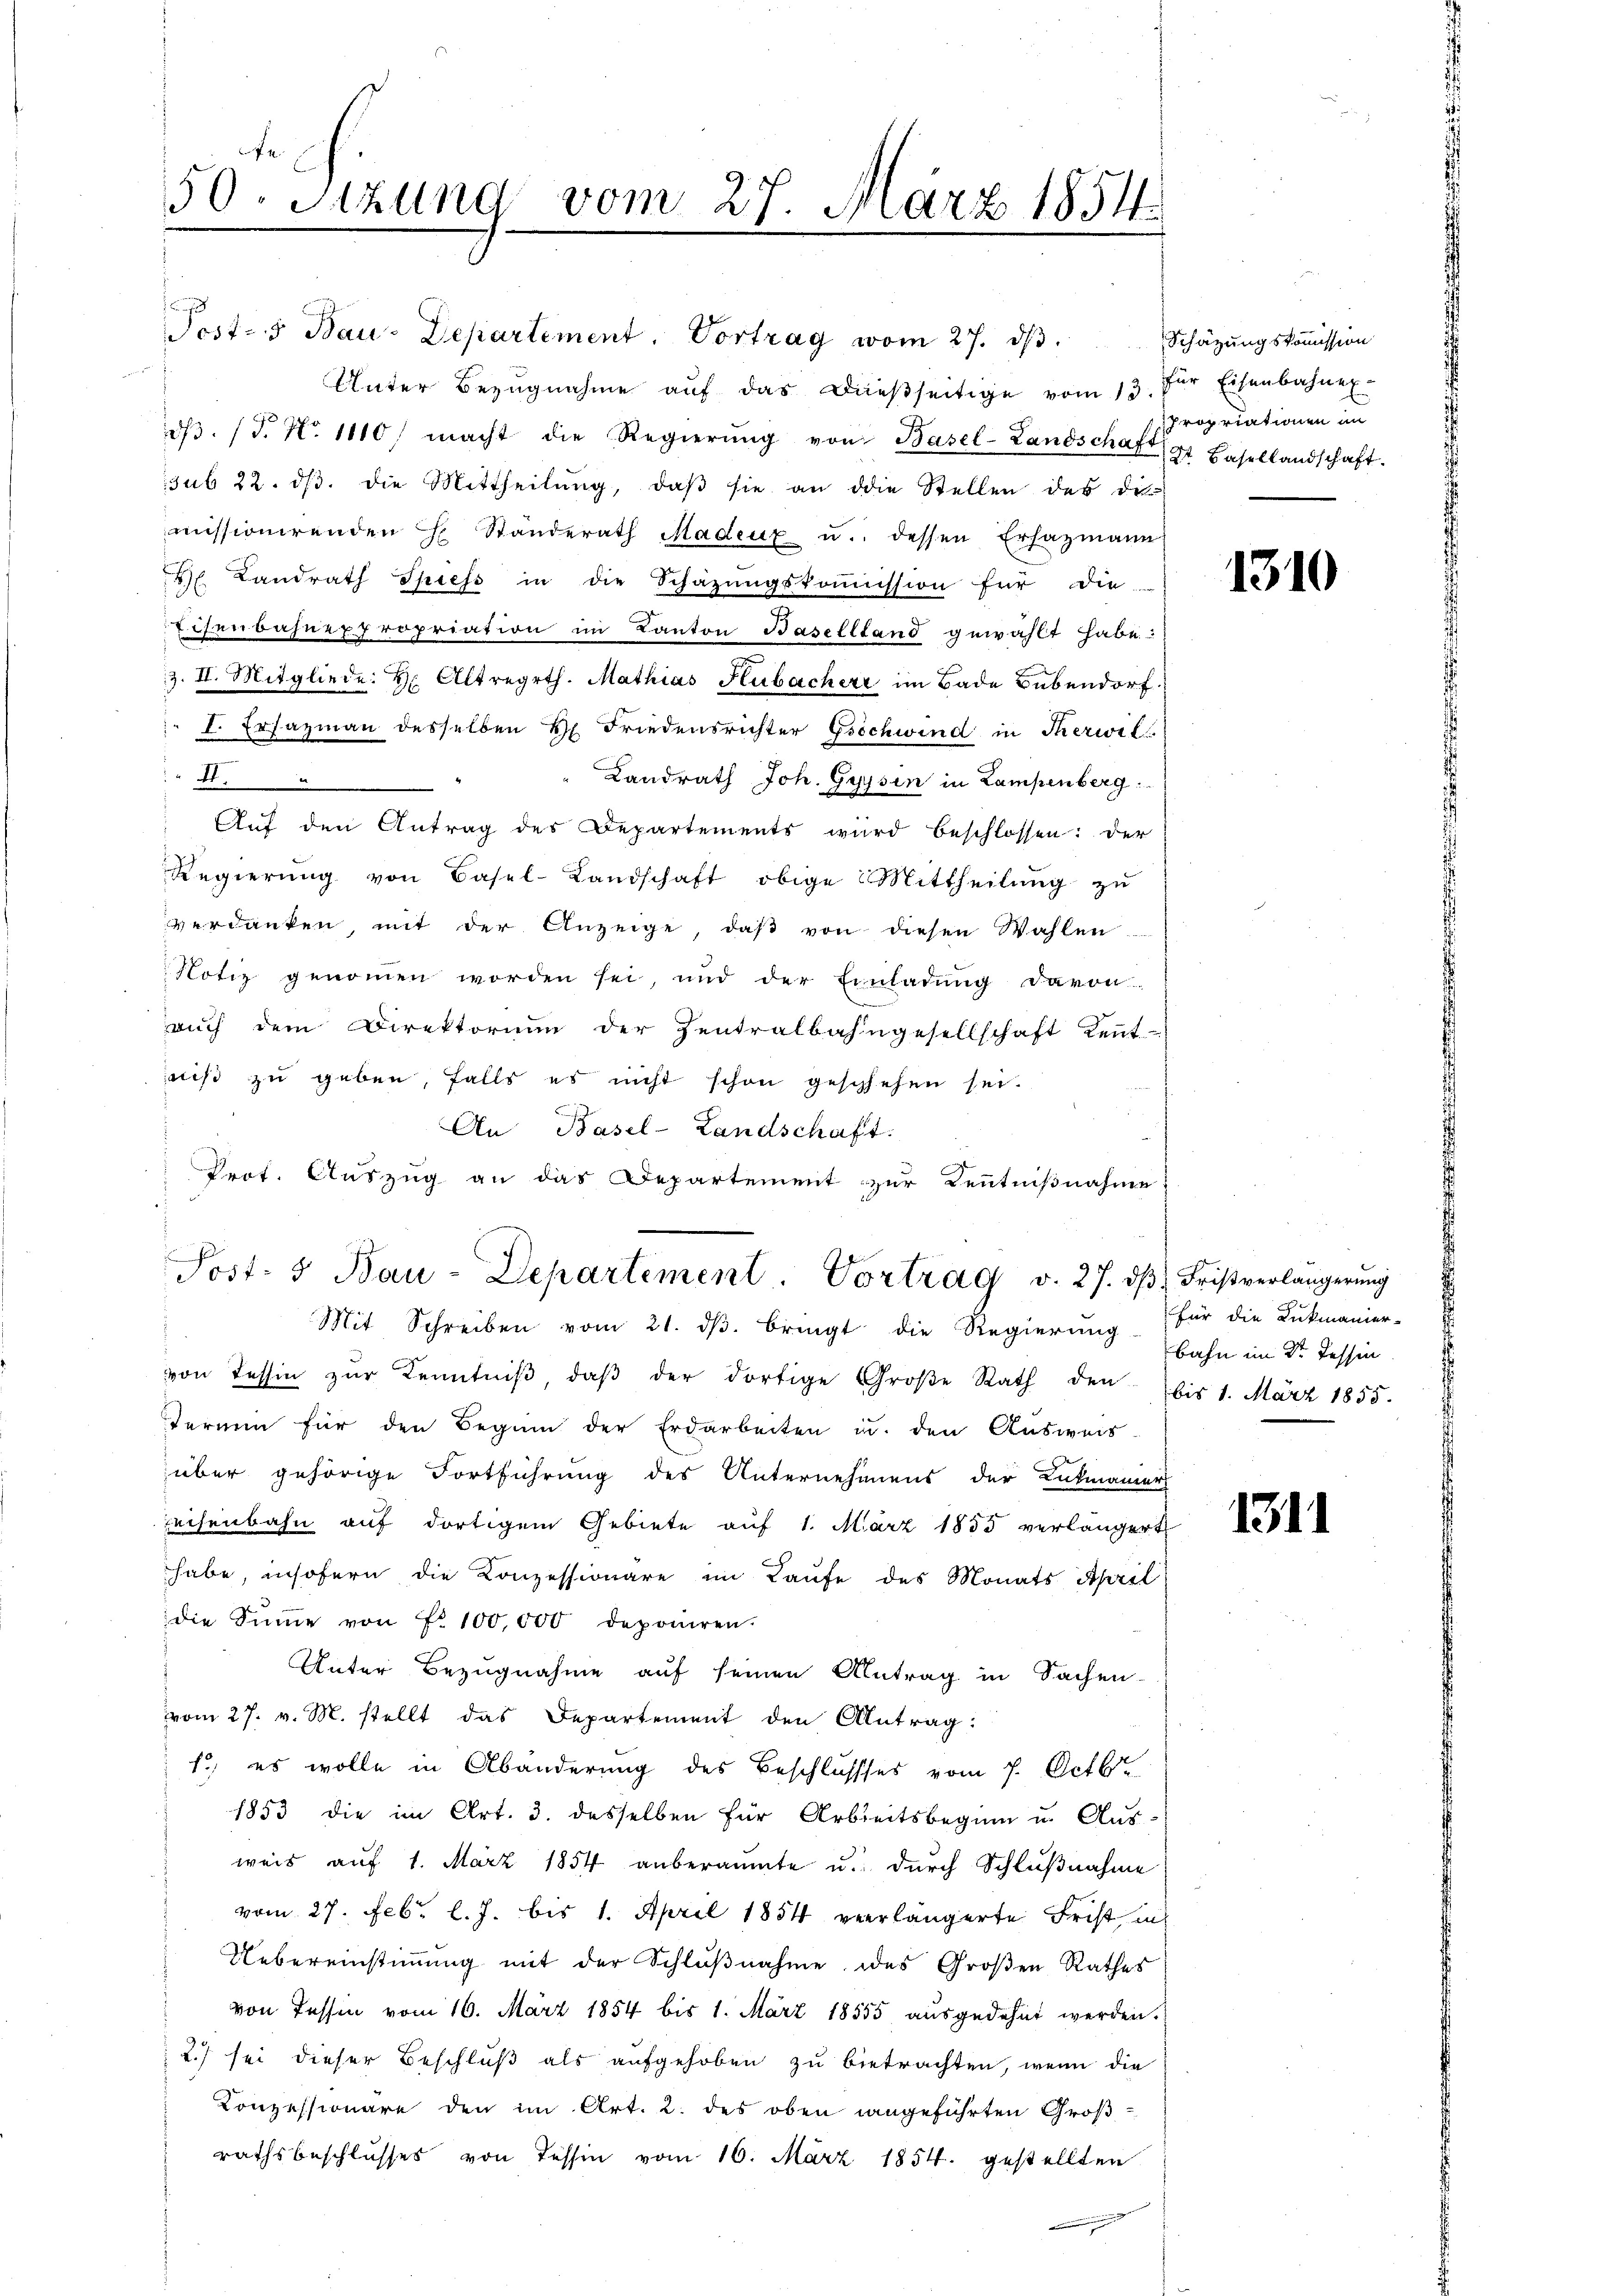
Post- u Bau-Departement. Vortrag vom 27. dβ.
Unter Bezŭgnahme aŭf das dießseitige vom 13. Für Eisenbahner-
dβ. (T. N. 1110) macht die Regierŭng von Basel-Landschaft gt Basellandschaft.
sub 22. dβ. die Mittheilŭng, daβ sie an die Stellen des des
missionirenden H. Ständerath Madeuz u. dessen Erhazmann
H. Landrath Spiess in die Schazungskoṁission für die
Eisenbahnexpropriation im Kanton Baselstand gewählt habe
z. II. Mitgliede: H. Altregrth. Mathias Hubachert im Bade Bubendorf
I. Ersazmann desselben H. Friedensrichter Gschwind in Therwil
4
Landrath Joh. Gypsen in Lampenberg
Aŭf den Antrag des Departements wird beschlossen: der
Regierŭng von Basel-Landschaft obige Mittheilŭng zŭ
verdanken, mit der Anzeige, daβ von diesen Wahlen
Notiz genommen worden sei, und der Einladung davon
auch dem Direktorium der Zentralbahngesellschaft Keṅt-
niß zu geben, falls es nicht schon geschehen sei.
.
An Basel-Landschaft.
Prot. Auszug an das Departement zur Kenntnißnahme
Post- u Bau-Departement. Vortrag v. 27. dβ Fristverlängerŭng
Mit Schreiben vom 21. dβ. bringt die Regierŭng für die Lukmanier-
von Tessin zŭr Kenntniβ, daβ der dortige Groβe Rath den bis 1. März 1855.
Termin für den Beginn der Erdarbeiten u. den Ausweis
über gehörige Fortführung des Unternehmens der Lukmanier
reisenbahn auf dortigem Gebiete auf 1. März 1835 verlängert
habe, insofern die Konzessionäre im Laufe des Monats April
die Summe von Nr. 100,000 deponiren.
Unter Bezugnahme auf seinen Antrag in Sachen-
vom 27. v. M. stellt das Departement den Antrag:
1.) es wolle in Abänderung des Beschlussses vom 7. Octbr.
1853 die im Art. 3. desselben für Arbeitsbeginn u. Aus-
weis auf 1. März 1854 anberaumte u. durch Schlußnahme
vom 27. Febr. l. J. bis 1. April 1854 verlängerte Frist, in
Uebereinstimmung mit der Schlŭβnahme des Großen Rathes
von Tessin vom 16. März 1854 bis 1. März 18555 ausgedehnt werden.
2.) sei dieser Beschluß als aufgehoben zu betrachten, wenn die
Konzessionäre den im Art. 2. des oben angeführten Groß-
rathsbeschlusses von Tessin vom 16. März 1854. gestellten

50. Sitzung vom 27. März 1851.

Schätzungskommission
Propriationen im

1310

bahn im Dr. Tessin.

1311